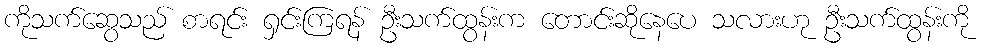
ကိုသက်ဆွေသည် စာရင်း ရှင်းကြရန် ဦးသက်ထွန်းက တောင်းဆိုနေပေ သလားဟု ဦးသက်ထွန်းကို